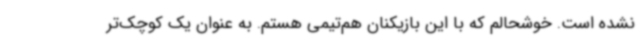
نشده است. خوشحالم که با این بازیکنان هم‌تیمی هستم. به عنوان یک کوچک‌تر